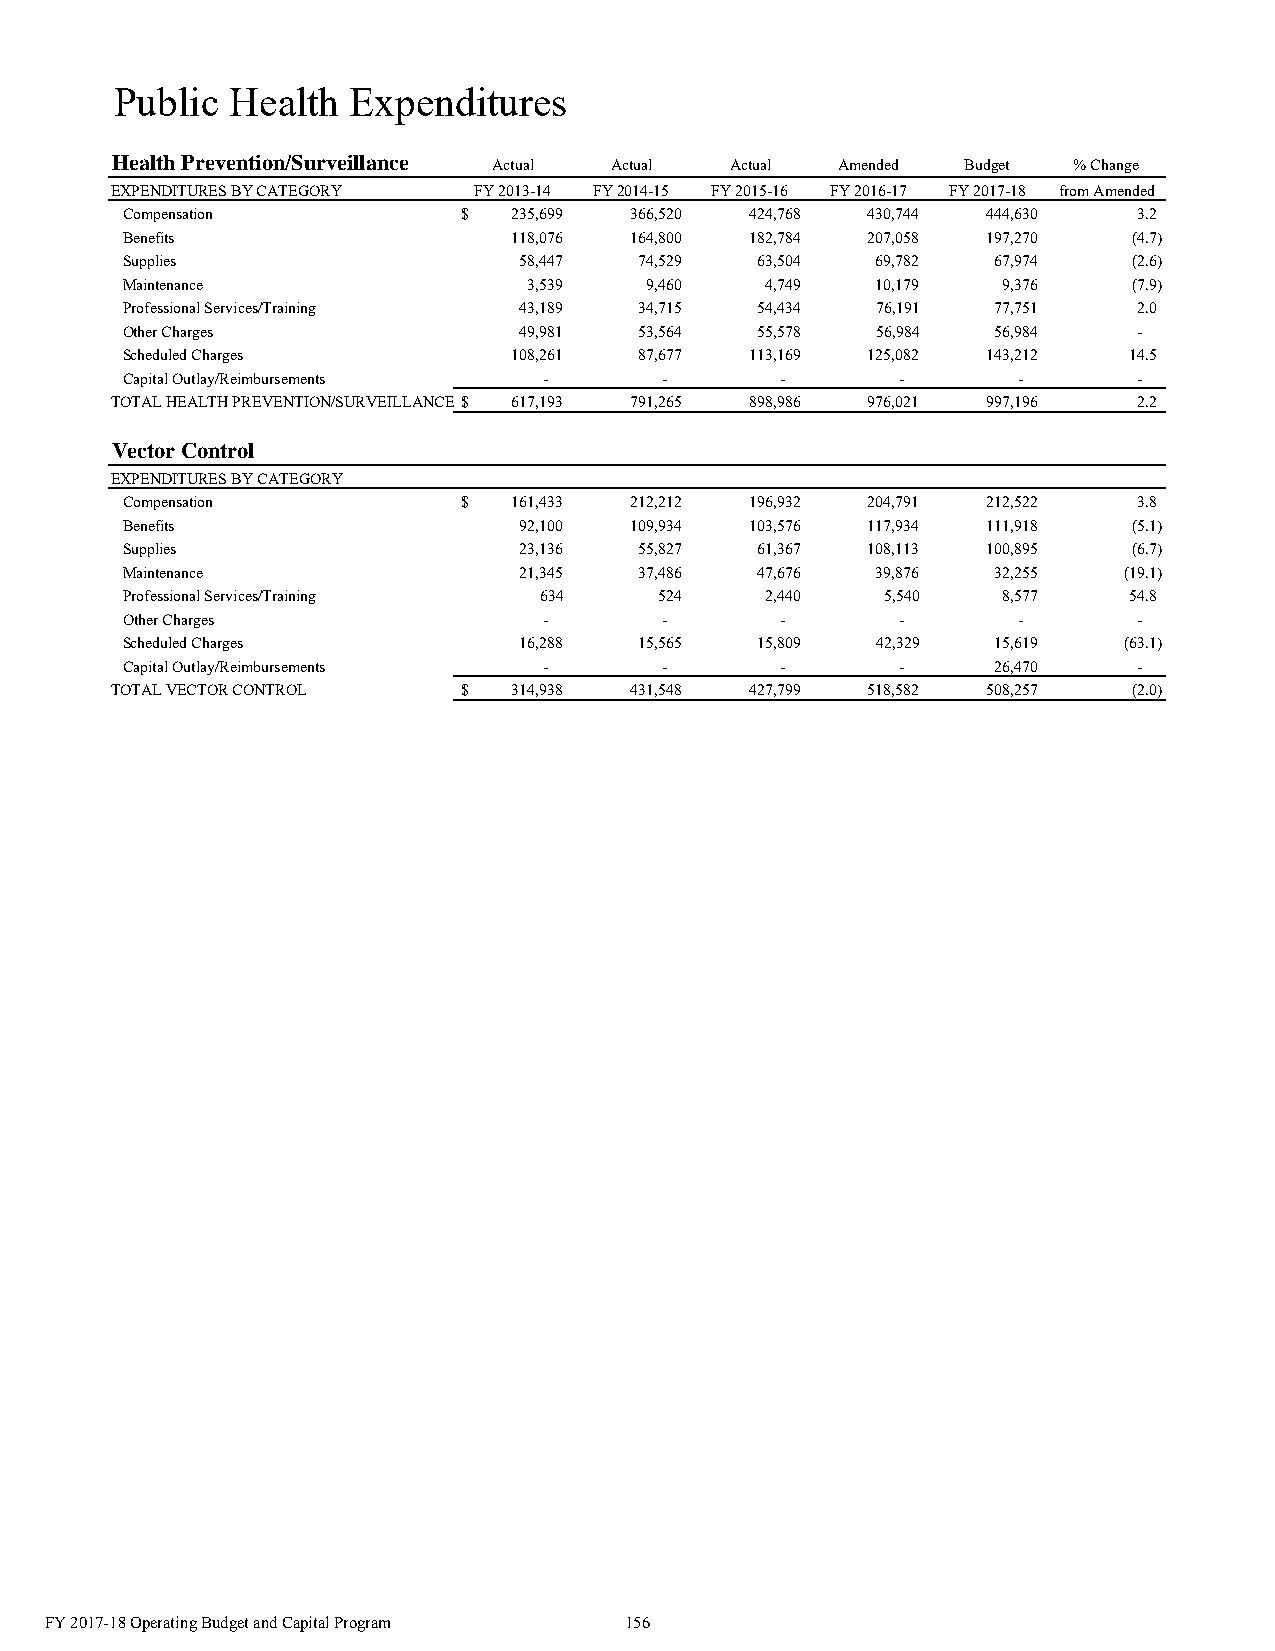
Public Health  Expenditures
 Health Prevention/Surveillance
 Actual Actual  Actual  Amended Budget % Change
 EXPENDITURES BY CATEGORY FY 2013-14 FY 2014-15 FY 2015-16 FY 2016-17 FY 2017-18 from Amended
 Compensation           $  235,699 366,520 424,768 430,744 444,630  3.2
 Benefits                  118,076 164,800 182,784 207,058 197,270  (4.7)
 Supplies                  58,447  74,529  63,504  69,782  67,974   (2.6)
 Maintenance                3,539   9,460   4,749  10,179  9,376    (7.9)
 Professional Services/Training 43,189 34,715 54,434 76,191 77,751  2.0
 Other Charges             49,981  53,564  55,578  56,984  56,984   -
 Scheduled Charges         108,261 87,677  113,169 125,082 143,212  14.5
 Capital Outlay/Reimbursements -     -       -       -      -       -
 TOTAL HEALTH PREVENTION/SURVEILLANCE$ 617,193 791,265 898,986 976,021 997,196 2.2
 Vector Control
 EXPENDITURES BY CATEGORY
 Compensation           $  161,433 212,212 196,932 204,791 212,522  3.8
 Benefits                  92,100  109,934 103,576 117,934 111,918  (5.1)
 Supplies                  23,136  55,827  61,367 108,113 100,895   (6.7)
 Maintenance               21,345  37,486  47,676  39,876  32,255  (19.1)
 Professional Services/Training 634  524    2,440   5,540  8,577    54.8
 Other Charges               -       -       -       -      -       -
 Scheduled Charges         16,288  15,565  15,809  42,329  15,619  (63.1)
 Capital Outlay/Reimbursements -     -       -       -     26,470   -
 TOTAL VECTOR CONTROL    $  314,938 431,548 427,799 518,582 508,257  (2.0)
 FY 2017-18 Operating Budget and Capital Program 156